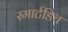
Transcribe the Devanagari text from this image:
स्मार्टडिच